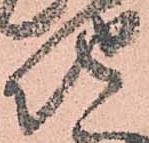
地